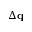
\Delta \mathbf { q }